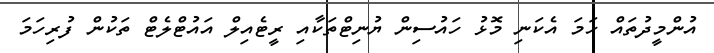
އުންމީދުތައް ހަމަ އެކަނި މޮޅު ހައުސިން ޔުނިޓްތަކާއި ރީޓެއިލް އައުޓްލެޓް ތަކުން ފުރިހަމަ